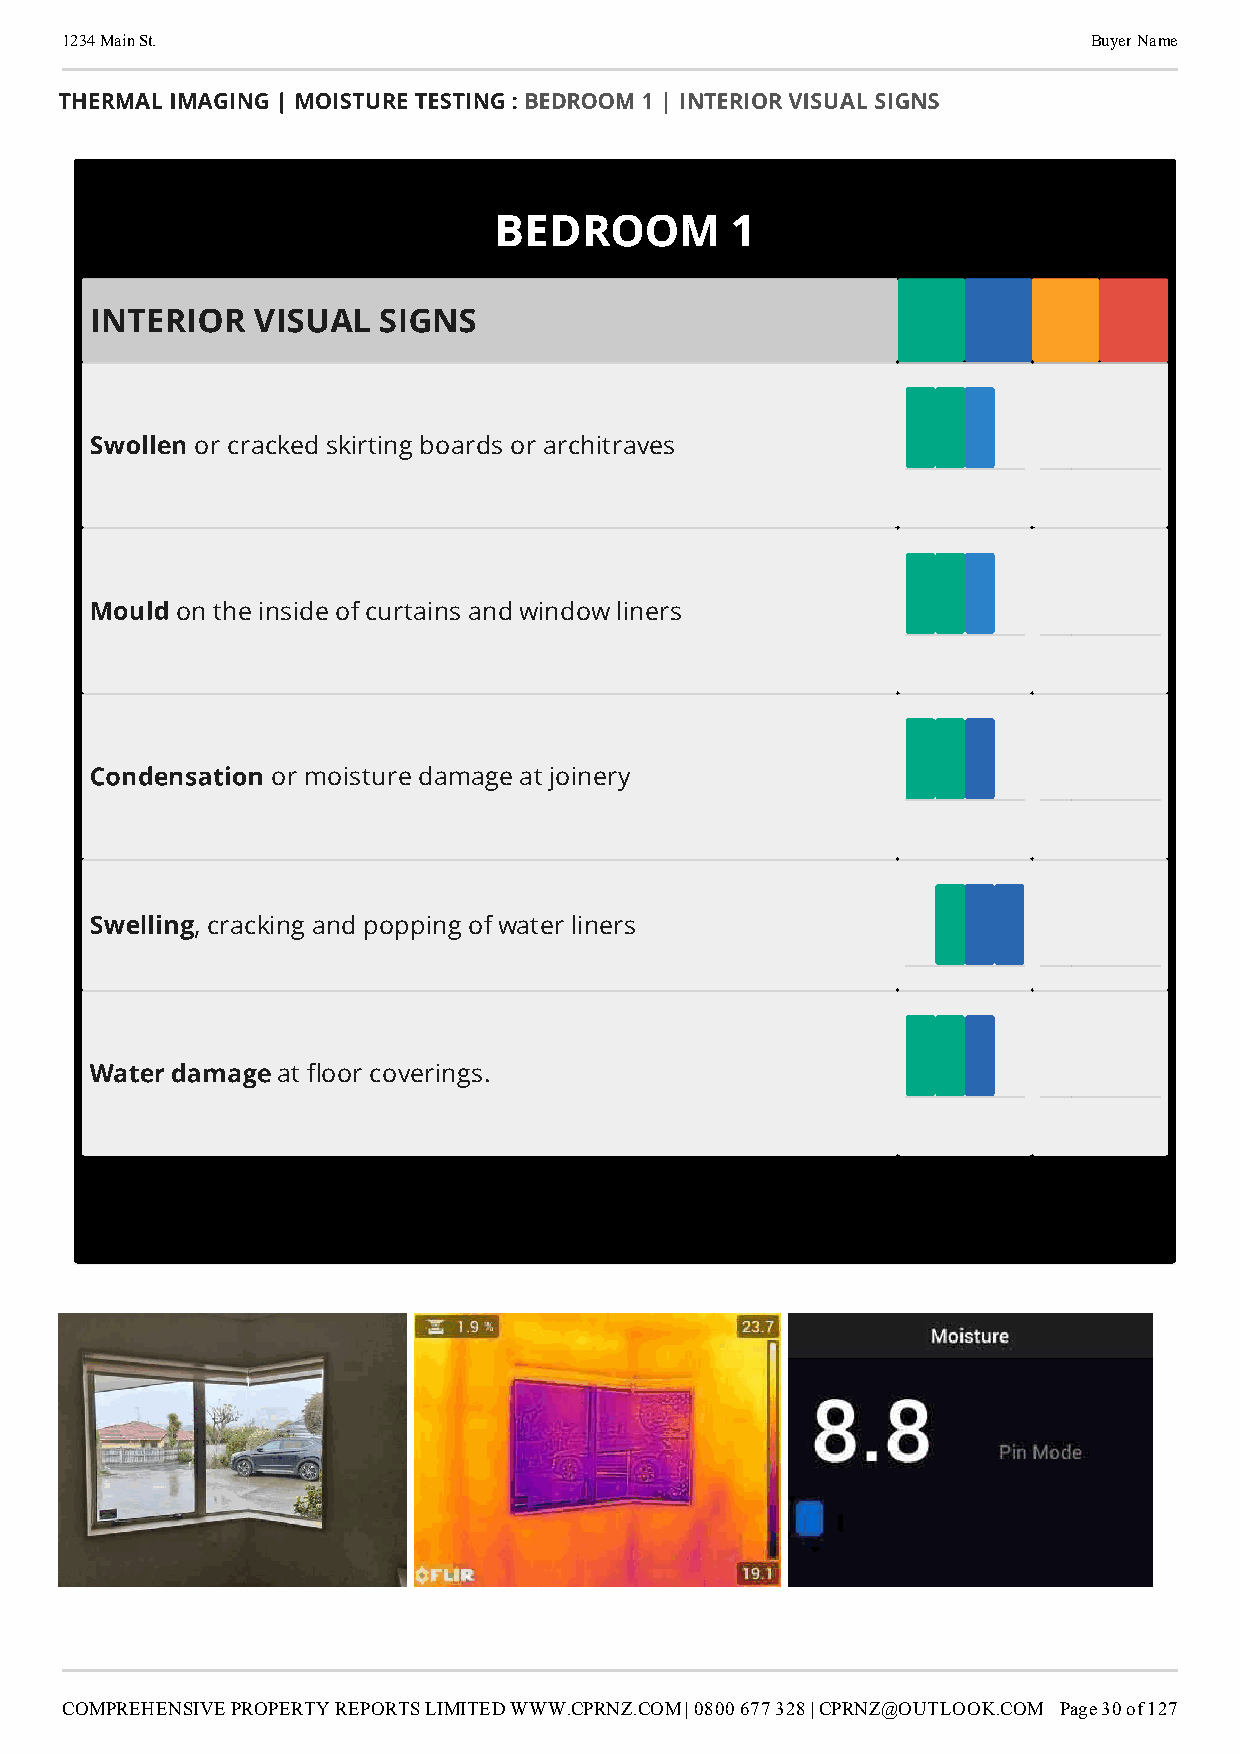
1234 Main St.                                                       Buyer Name
 THERMAL IMAGING | MOISTURE TESTING : BEDROOM 1 | INTERIOR VISUAL SIGNS
 BEDROOM        1
 INTERIOR   VISUAL  SIGNS
 Swollen
 or cracked skirting boards or architraves
 Mould
 on the inside of curtains and window liners
 Condensation
 or moisture damage at joinery
 Swelling
 , cracking and popping of water liners
 Water damage
 at oor coverings.
 COMPREHENSIVE PROPERTY REPORTS LIMITED WWW.CPRNZ.COM | 0800 677 328 | CPRNZ@OUTLOOK.COM Page 30 of 127